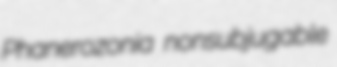
Phanerozonia nonsubjugable